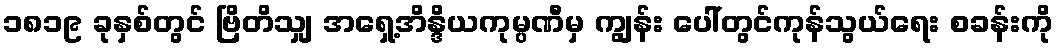
၁၈၁၉ ခုနှစ်တွင် ဗြိတိသျှ အရှေ့အိန္ဒိယကုမ္ပဏီမှ ကျွန်း ပေါ်တွင်ကုန်သွယ်ရေး စခန်းကို